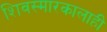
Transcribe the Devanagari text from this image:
शिवस्मारकालाही